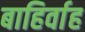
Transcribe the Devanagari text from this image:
बाहिर्वाह